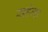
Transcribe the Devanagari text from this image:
सहेगा